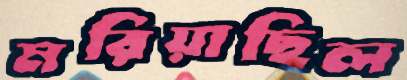
মরিয়াছিল